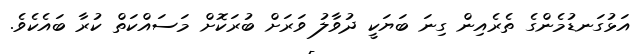
އަޅުގަނޑުމެންގެ ތެރެއިން ގިނަ ބަޔަކީ ދުވާލު ވަރަށް ބުރަކޮށް މަސައްކަތް ކުރާ ބައެކެވެ.